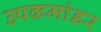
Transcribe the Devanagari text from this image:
उपकमांडर